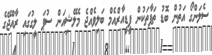
ސެލަންގޯ އަތުން ބޮޑު ތަފާތަކުން ޕީޑީއާރްއެމް ބަލިވެއްޖެ މެލޭޝިއަން ސުޕަ ލީގުގައި ރާއްޖޭގެ